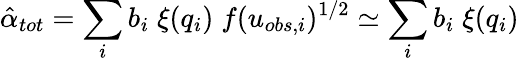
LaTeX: \hat{\alpha}_{tot}=\sum_{i}b_{i}\; \xi(q_{i})\; f(u_{obs,i})^{1/2}\simeq\sum_{i}b_{i}\; \xi(q_{i})